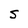
Character: s